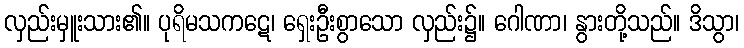
လှည်းမှူးသား၏။ ပုရိမသကဋေ၊ ရှေးဦးစွာသော လှည်း၌။ ဂေါဏာ၊ နွားတို့သည်။ ဒိသွာ၊